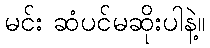
မင်း ဆံပင်မဆိုးပါနဲ့။